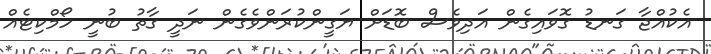
އެކުއްޖާ ގަނޑު ގޮވައިގެން އަދިވެސް ބޮޑަށް ޔަގީންކުރަންވެގެން ނަދީ ގާތު ބުނީ ހޯމްކިޓެއް